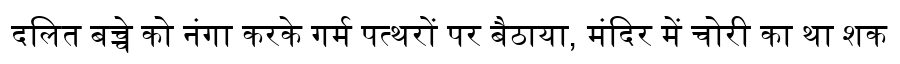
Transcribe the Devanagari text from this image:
दलित बच्चे को नंगा करके गर्म पत्थरों पर बैठाया, मंदिर में चोरी का था शक